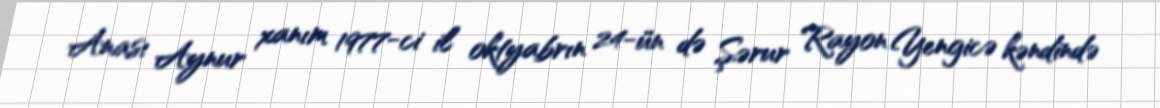
Anası Aynur xanım 1977-ci il oktyabrın 24-ün də Şərur Rayon Yengicə kəndində